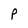
Character: P